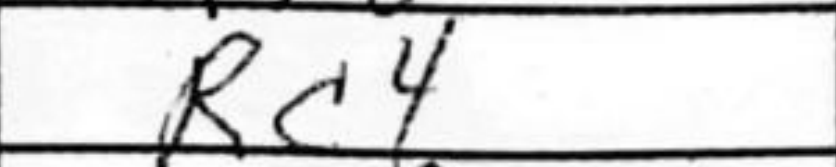
Transcription: Rc4